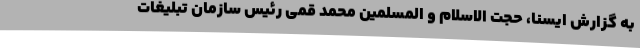
به گزارش ایسنا، حجت الاسلام و المسلمین محمد قمی رئیس سازمان تبلیغات